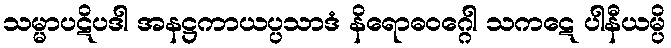
သမ္မာပဋိပဒါ အနဋ္ဌကာယပ္ပသာဒံ နိရောဓဝဂ္ဂေါ သကဋေ ပါနီယမ္ပိ